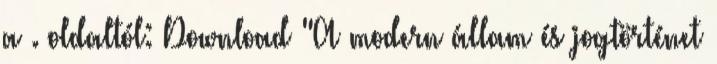
a . oldaltól: Download "A modern állam és jogtörténet